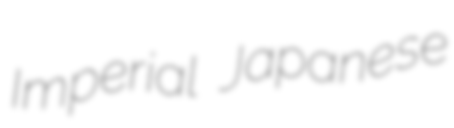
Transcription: Imperial Japanese